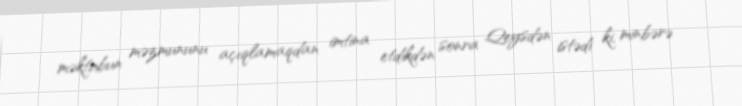
məktubun məzmununu açıqlamaqdan imtina etdikdən sonra Qeysdən istədi ki, minbərə